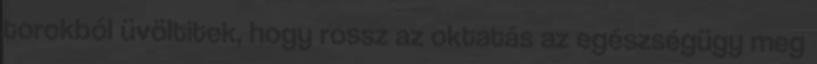
torokból üvöltitek, hogy rossz az oktatás az egészségügy meg